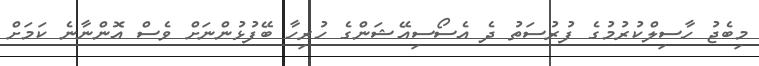
މިބެޖު ހާސިލްކުރުމުގެ ފުރުސަތު ދެ އެސޯސިއޭޝަންގެ ހުރިހާ ބޭފުޅުންނަށް ވެސް އޮންނާނެ ކަމަށް